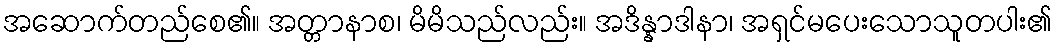
အဆောက်တည်စေ၏။ အတ္တာနာစ၊ မိမိသည်လည်း။ အဒိန္နာဒါနာ၊ အရှင်မပေးသောသူတပါး၏